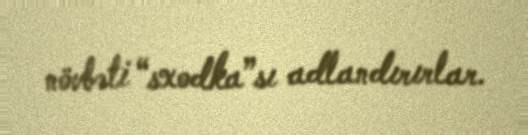
növbəti “sxodka”sı adlandırırlar.